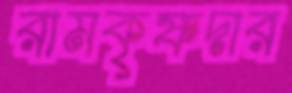
রামকৃষ্ণদার